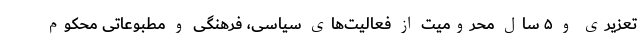
تعزیری و ۵ سال محرومیت از فعالیت‌های سیاسی، فرهنگی و مطبوعاتی محکوم